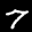
Label: 7